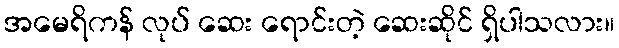
အမေရိကန် လုပ် ဆေး ရောင်းတဲ့ ဆေးဆိုင် ရှိပါသလား။